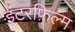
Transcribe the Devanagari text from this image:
इंटरफ़िल्म